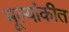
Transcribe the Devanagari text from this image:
मूल्यांकीत